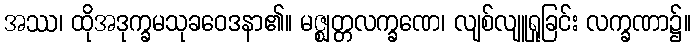
အဿ၊ ထိုအဒုက္ခမသုခဝေဒနာ၏။ မဇ္ဈတ္တလက္ခဏေ၊ လျစ်လျူရှုခြင်း လက္ခဏာ၌။